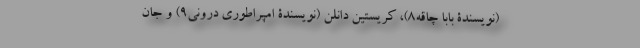
(نویسندۀ بابا چاقه۸)، کریستین دانلن (نویسندۀ امپراطوری درونی۹) و جان